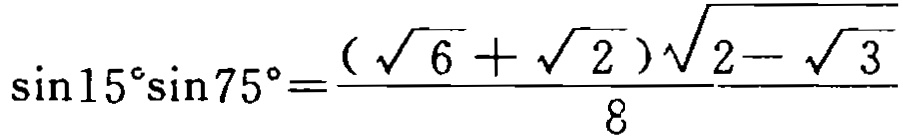
\(\sin15^{\circ}\sin75^{\circ}=\frac{(\sqrt{6}+\sqrt{2})\sqrt{2 - \sqrt{3}}}{8}\)